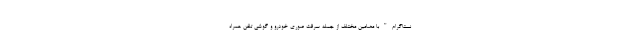
نستاگرام"با مضامین مختلف از جمله سرقت صوری خودرو و گوشی تلفن همراه